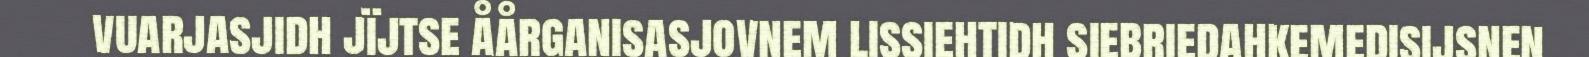
vuarjasjidh jïjtse åårganisasjovnem lissiehtidh siebriedahkemedisijsnen